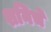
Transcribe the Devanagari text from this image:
शनिचे